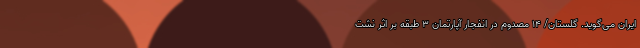
ایران می‌گوید. گلستان/ ۱۴ مصدوم در انفجار آپارتمان ۳ طبقه بر اثر نشت